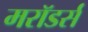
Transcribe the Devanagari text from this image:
मरॉडर्स